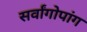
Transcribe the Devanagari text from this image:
सर्वांगोपांग